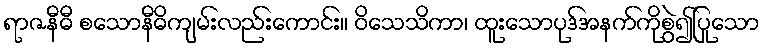
ရာဇနီဓီ စသောနီဓိကျမ်းလည်းကောင်း။ ဝိသေသိကာ၊ ထူးသောပုဒ်အနက်ကိုစွဲ၍ပြုသော